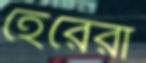
হেরেরা